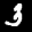
Label: 3